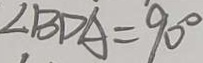
\angle B D A = 9 0 ^ { \circ }